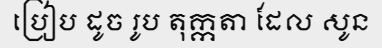
ប្រៀប ដូច រូប តុក្កតា ដែល សូន